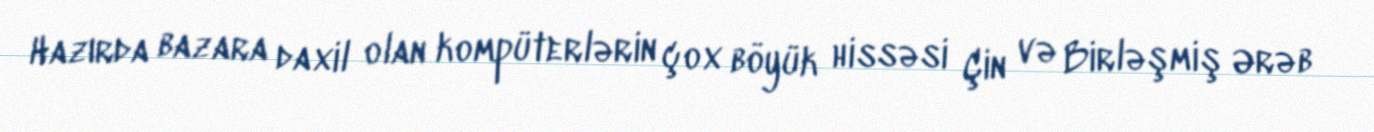
Hazırda bazara daxil olan kompüterlərin çox böyük hissəsi Çin və Birləşmiş Ərəb